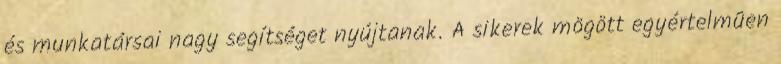
és munkatársai nagy segítséget nyújtanak. A sikerek mögött egyértelmûen